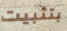
بتثبيت